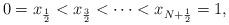
LaTeX: \begin{align*}0 = x_\frac12 < x_\frac32 < \cdots < x_{N+\frac12} = 1,\end{align*}